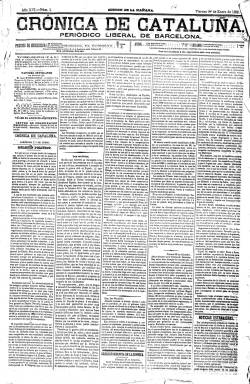
Título: Crónica de Cataluña (Ed. de la mañana)
Otros títulos: Crónica de Cataluña-La Corona
Colección: Periódicos
Ámbito geográfico: Barcelona
Lugar de publicación: Barcelona
Fechas: 01/01/1869-28/04/1886

La colección de este título en la Biblioteca Nacional de España (BNE) comienza con el número 1, del primero de enero de 1869, pero en su XVI año de edición, al seguir la secuencia de La Corona (1857), el también “viejo” diario liberal barcelonés con el que se había fusionado. La Crónica había aparecido el 13 de mayo de 1868, y adoptado a partir del 28 de julio el doble título Crónica de Cataluña – La Corona, como resultado de tal fusión. Desde el 13 de agosto al 29 de septiembre volvió a publicarse sólo con el título La Corona y, desde 30 de septiembre hasta el 31 de octubre, como Crónica de Cataluña (antes Corona). Por su parte, La Corona había sucedido a La Corona de Aragón (1855-1856).

Superada una “crisis” interna, coincidente con el estallido de la Revolución de Septiembre, que llevó a su director y parte de la redacción a fundar otro periódico con el título La Crónica catalana, que resultó ser un fracaso, definitivamente, desde el uno de noviembre de ese año 1868 ya no va a modificar su título Crónica de Cataluña, con el que estará publicándose hasta el 30 de mayo de 1886, en su XXXIII año de edición, aunque el último número de su colección en la BNE corresponde al 28 de abril de ese mismo año. Además, este diario sacará otra” Edición para la tarde”, que también forma parte de la colección de la BNE.

Al comenzar el Sexenio Democrático se subtitulaba “diario de avisos, noticias y decretos”, adoptando después el de “diario liberal de Barcelona” (hasta 1881) y “diario político liberal” (hasta el final). Se trata de un periódico escrito en castellano de tendencia liberal progresista, pero antirrepublicana. Hasta el 27 de julio de 1868 había estado dirigido por Llorenç Mas i Oliver. Sus siguientes directores serán Román de Lacunza (1873-1875), Teodor Baró (1875-1883), Manuel Henrich (1883), y Joan Manté (1883-1886). Entre sus redactores y colaboradores se encontraron mossèn Josep Panadés, Jaume Rafecas, Miquel Garriga i Roca, Josep Iglesias Veguer, Viçenc Joaquim Bastús, Josep Rodoreda, Ramon de Ginestà, Conrad Monner, Joaquín Fernández y Enric Gelabert, siendo Manuel Ossorio y Bernard su corresponsal en Madrid.

Su formato es en gran folio, aunque en 1868 lo había sido en 4º, que es el mismo tamaño que adopta su “Edición para la tarde”. Las entregas son de cuatro páginas, compuestas a cinco columnas, y carente de ilustraciones salió de las prensas de su propietario, y en alguna coyuntura redactor (Checa Godoy: 2006), el impresor Narcís Ramírez, quien mantendría el “tono” liberal del periódico, hasta su fallecimiento, el 23 de febrero de 1880. A partir de aquí el diario va a iniciar su decadencia. En 1870, tenía una difusión de unos 1.800 ejemplares diarios, la misma que había tenido La Corona de Aragón en 1859, pero una cifra alejada de los 7.183 ejemplares del monárquico conservador Diario de Barcelona (Guillamet: 2010).

A lo largo de su historia como como órgano del partido liberal progresista catalán, este título sufrió algunas suspensiones gubernativas, como la de catorce días, entre el 8 y el 21 de febrero de 1881, por la publicación del artículo La situación, escritor por su entonces director, Teodor Baró.

Referencias para este título en los trabajos de Torrent y Tasis (1966) y 200 anys de prensa diària a Catalunya (1995) o Guillamet (2009), así como en la tesis doctoral de Figueres i Artigues (1994).